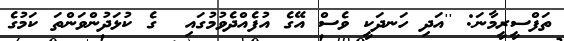
ތަފްސީރީމާނަ: ''އަދި ހަނދަކީ ވެސް އޭގެ އުފެއްދެވުމުގައި  ގެ ކުޅަދުންވަންތަ ކަމުގެ